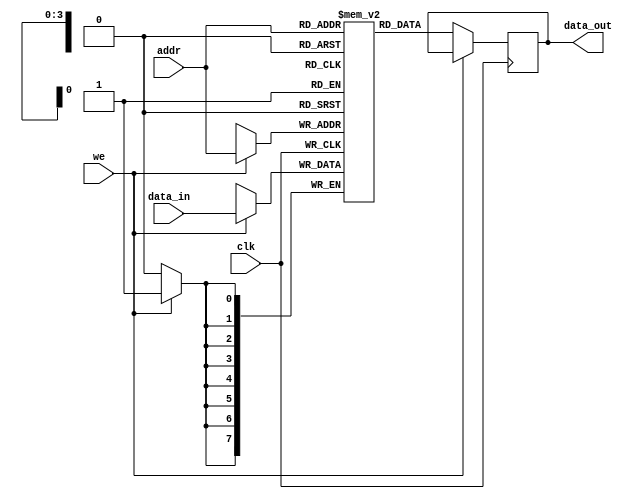
module parameterized_ram #(
    parameter DATA_WIDTH = 8,     // Data width in bits
    parameter ADDR_WIDTH = 4      // Address width in bits
) (
    input wire clk,                 // Clock input
    input wire we,                  // Write enable
    input wire [ADDR_WIDTH-1:0] addr, // Address input
    input wire [DATA_WIDTH-1:0] data_in, // Data input
    output reg [DATA_WIDTH-1:0] data_out // Data output
);

    // Memory array declaration
    reg [DATA_WIDTH-1:0] mem [(2**ADDR_WIDTH)-1:0];

    // Asynchronous reset to initialize memory
    integer i;

    // Initialize memory to zero
    initial begin
        for (i = 0; i < (2**ADDR_WIDTH); i = i + 1) begin
            mem[i] = {DATA_WIDTH{1'b0}};
        end
    end

    // Synchronous read and write operations
    always @(posedge clk) begin
        if (we) begin
            // Write operation
            mem[addr] <= data_in;
        end else begin
            // Read operation
            data_out <= mem[addr];
        end
    end
endmodule